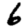
Digit: 6